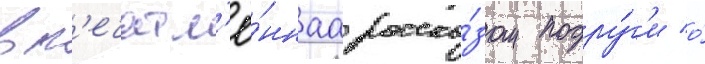
вп'ечатл'ё́ннаа расска́зом подру́г'и о́